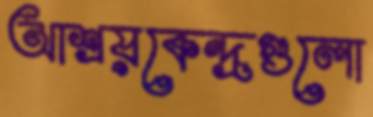
আশ্রয়কেন্দ্রগুলো